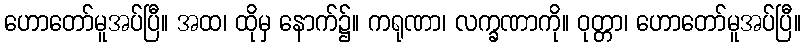
ဟောတော်မူအပ်ပြီ။ အထ၊ ထိုမှ နောက်၌။ ကရုဏာ၊ လက္ခဏာကို။ ဝုတ္တာ၊ ဟောတော်မူအပ်ပြီ။